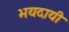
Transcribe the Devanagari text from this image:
भयदायी